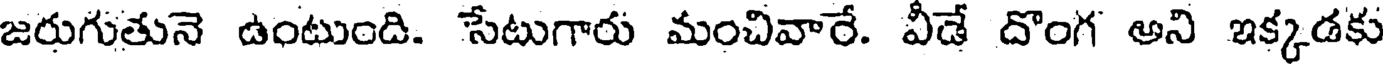
జరుగుతునె ఉంటుంది. సేటుగారు మంచివారే. వీడే దొంగ అని ఇక్కడకు